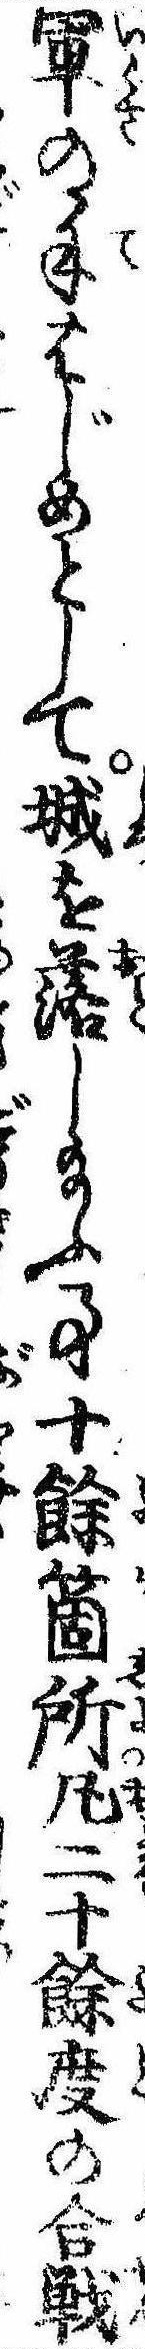
軍の手はじめとして城を落し給ふ事十余箇所凡二十余度の合戦